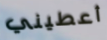
أعطيني